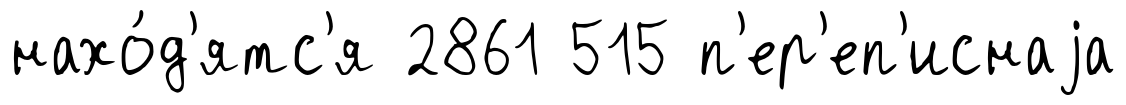
нахо́д'ятс'я 2861 515 п'ер'еп'иснаjа